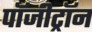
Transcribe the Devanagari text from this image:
पॉजीट्रॉन